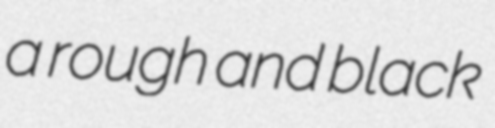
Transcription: a rough and black